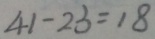
4 1 - 2 3 = 1 8